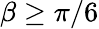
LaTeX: \beta\ge\pi/6